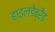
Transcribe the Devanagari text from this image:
हाइलडेब्रैंड